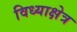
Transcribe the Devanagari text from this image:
विध्याक्षेत्र